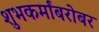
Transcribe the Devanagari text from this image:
शुभकर्मांबरोबर